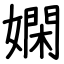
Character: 嫻